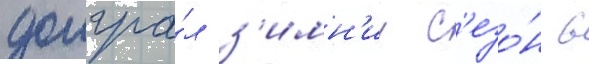
доигра́л з'имн'ии с'езо́н в